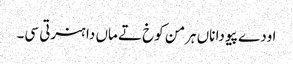
اودے پیو دا ناں ہرمن کوخ تے ماں دا ہنرتی سی۔